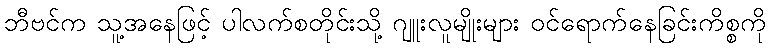
ဘီဗင်က သူ့အနေဖြင့် ပါလက်စတိုင်းသို့ ဂျူးလူမျိုးများ ဝင်ရောက်နေခြင်းကိစ္စကို